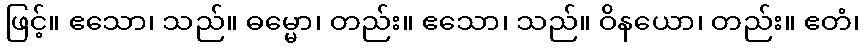
ဖြင့်။ ဧသော၊ သည်။ ဓမ္မော၊ တည်း။ ဧသော၊ သည်။ ဝိနယော၊ တည်း။ ဧတံ၊